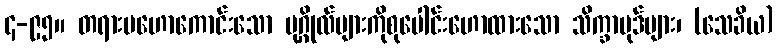
၄-၉၅။ တရားမဟောကောင်းသော ပုဂ္ဂိုလ်များကိုစုပေါင်းဟောထားသော သိက္ခာပုဒ်များ၊ (သေခိယ)